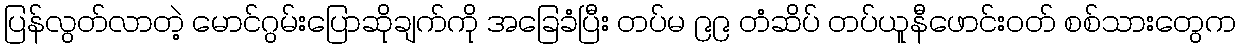
ပြန်လွတ်လာတဲ့ မောင်ဂွမ်းပြောဆိုချက်ကို အခြေခံပြီး တပ်မ ၉၉ တံဆိပ် တပ်ယူနီဖောင်းဝတ် စစ်သားတွေက